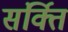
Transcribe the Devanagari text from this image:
संर्क्ति